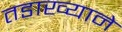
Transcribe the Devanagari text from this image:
तडाख्याने